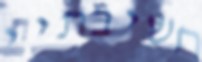
חשיבתיי